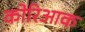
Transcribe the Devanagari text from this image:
कोरिआक